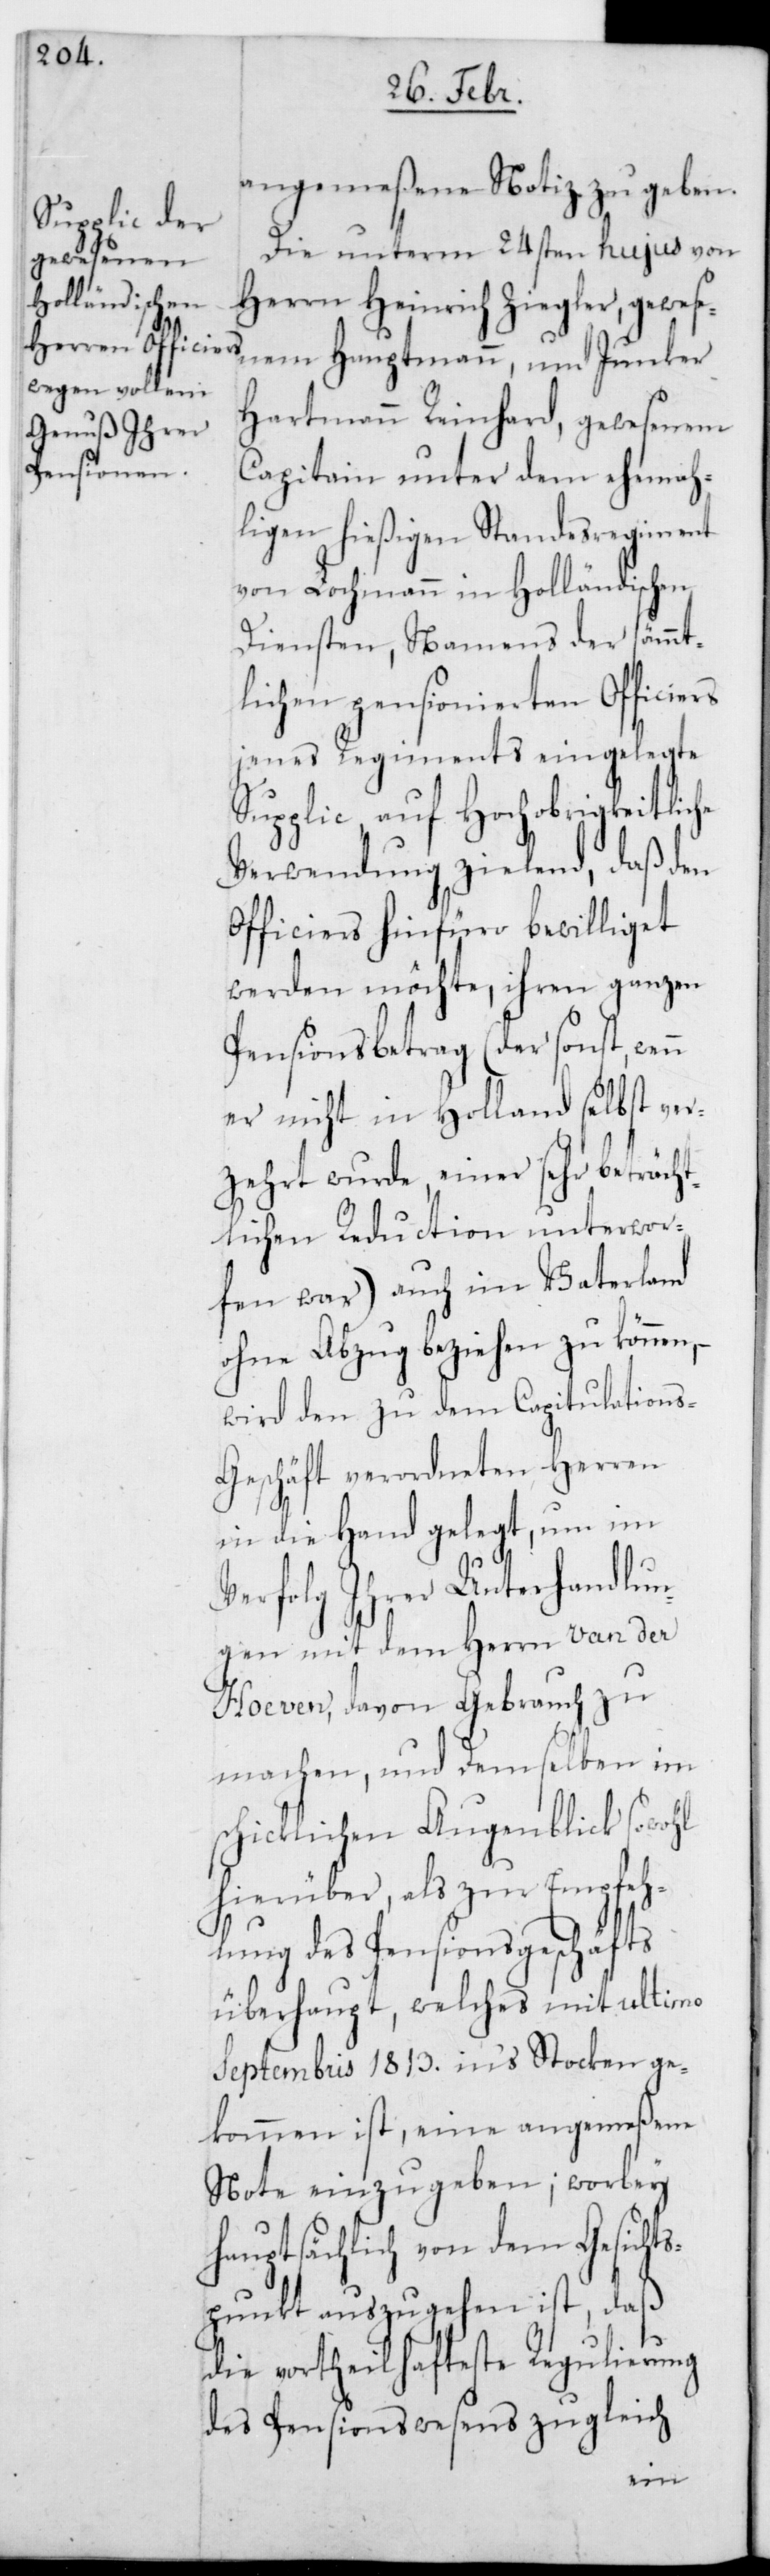
angemeßene Notiz zu geben.
Die unterm 24sten hujus von
Herrn Heinrich Ziegler, gewese¬
nem Hauptmann, und Junker
Hartmann Reinhard, gewesenem
Capitain unter dem ehema¬
ligen hießigen Standesregiment
von Lochmann in Holländischen
Diensten, namens der sämmt¬
lichen pensionierten Officiers
jenes Regiments eingelegte
Supplic auf Hochobrigkeitliche
Verwendung zielend, daß den
Officiers hinfüro bewilliget
werden möchte, ihren ganzen
Pensionsbetrag (der sonst, wen¬
er nicht in Holland selbst ver¬
zehrt wurde, einer sehr beträcht¬
lichen Reduction unterwor¬
fen war) auch im Vaterland
ohne Abzug beziehen zu können,
wird den zu dem Capitulation¬
s-Geschäft verordneten Herren
in die Hand gelegt, um im
n
Verfolg ihrer Unterhandlun¬
gen mit dem Herrn van der
Hoeven, davon Gebrauch zu
machen, und demselben im
schicklichen Augenblick sowohl
hierüber, als zur Empfeh¬
lung des Pensionsgeschäfts
überhaupt, welches mit ultimo
Septembris 1813. in‘s Stocken ge¬
kommen ist, eine angemeßene
Note einzugeben; worbey
hauptsächlich von dem Gesicht¬
spunkt auszugehen ist, daß
die vortheilhafteste Regulierung
des Pensionswesens zugleich